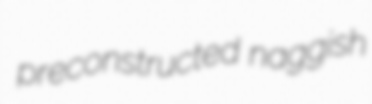
preconstructed naggish